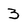
Character: 3